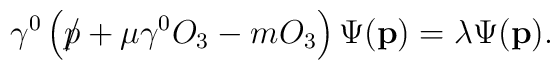
\gamma^0 \left ( \rlap\slash p+\mu\gamma^0 O_3-m O_3 \right )          \Psi(\mathbf{p})  = \lambda \Psi(\mathbf{p}).